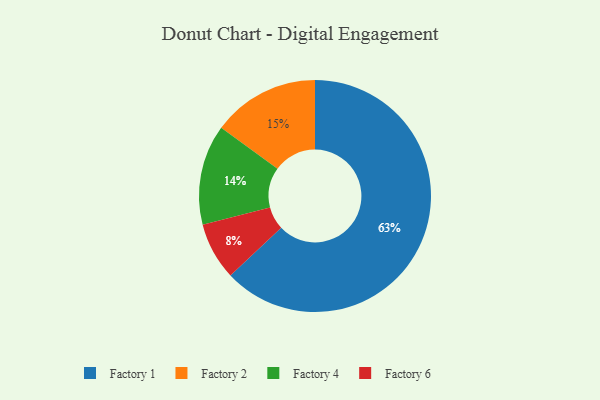
{"axis": {"x": "Category", "y": "Percentage"}, "legend": ["Factory 1", "Factory 2", "Factory 4", "Factory 6"], "data": [{"x": "Factory 2", "y": 15, "type": "Factory 2"}, {"x": "Factory 4", "y": 14, "type": "Factory 4"}, {"x": "Factory 6", "y": 8, "type": "Factory 6"}, {"x": "Factory 1", "y": 63, "type": "Factory 1"}]}